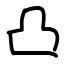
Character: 凸